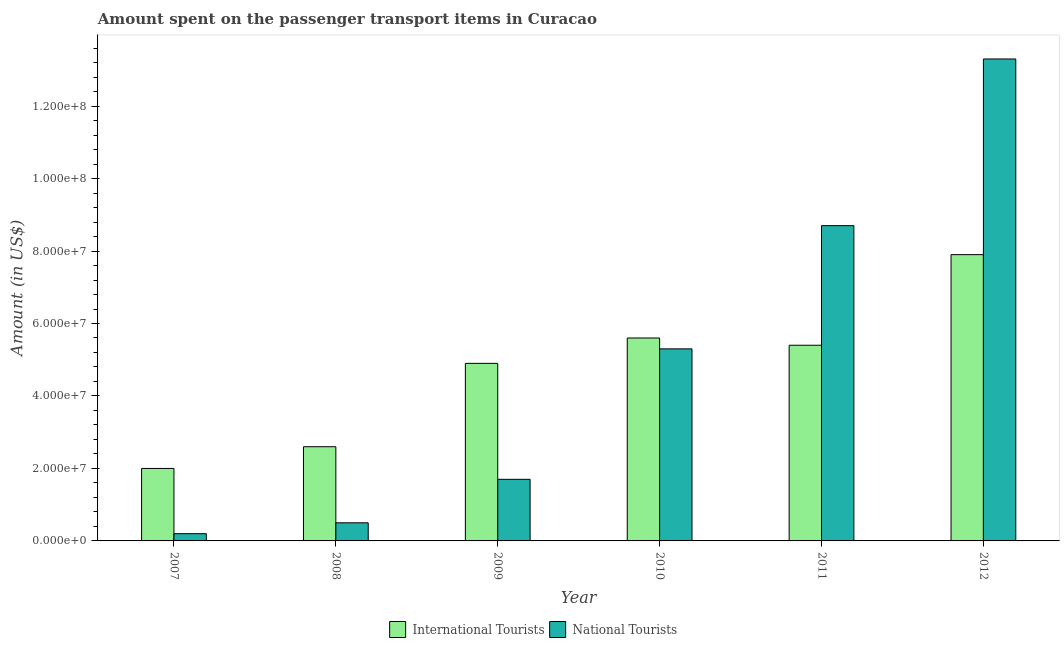
| Year | International Tourists | National Tourists |
 | --- | --- | --- |
 | 2007 | 2e+07 | 2e+06 |
 | 2008 | 2.6e+07 | 5e+06 |
 | 2009 | 4.9e+07 | 1.7e+07 |
 | 2010 | 5.6e+07 | 5.3e+07 |
 | 2011 | 5.4e+07 | 8.7e+07 |
 | 2012 | 7.9e+07 | 1.33e+08 |